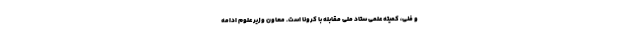
و فنی، کمیته علمی ستاد ملی مقابله با کرونا است. معاون وزیر علوم ادامه